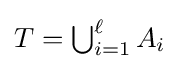
{\textstyle T=\bigcup _{i=1}^{\ell }A_{i}}